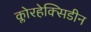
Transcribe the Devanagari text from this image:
क्लोरहेक्सिडीन